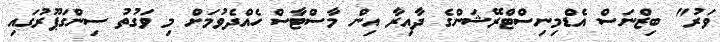
ވަރު" ބިޒްނަސް އެޑްމިނިސްޓްރޭޝަންގެ ދާއިރާ އިން މާސްޓާސް ހެއްދެވުމަށް މި ވަގުތު ސިންގަޕޫރުގައި